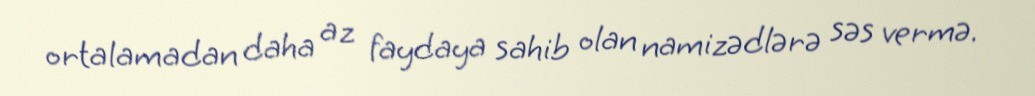
ortalamadan daha az faydaya sahib olan namizədlərə səs vermə.